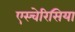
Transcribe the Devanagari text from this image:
एस्चेरिसिया